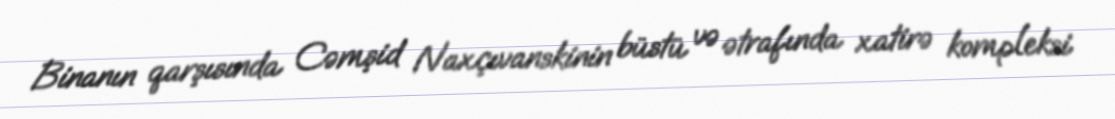
Binanın qarşısında Cəmşid Naxçıvanskinin büstü və ətrafında xatirə kompleksi